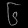
Digit: ၆